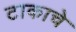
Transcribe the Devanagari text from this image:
टाकाचे